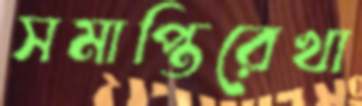
সমাপ্তিরেখা